Civil Veterinary Department. United Provinces 1923-31 - 1923-1931
Year: 1923
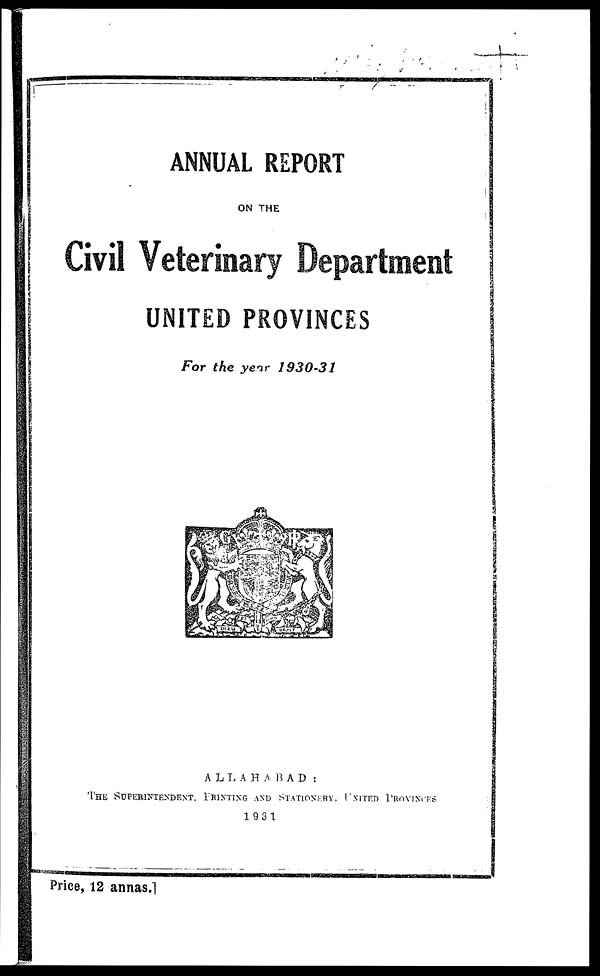
ANNUAL REPORT
ON THE
Civil Veterinary Department
UNITED PROVINCES
For the year 1930-31
ALLAHABAD:
THE SUPERINTENDENT. PRINTING AND STATIONERY . UNITED PROVINCES
1931
Price, 12 annas.